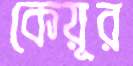
কেয়ূর